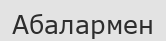
Абалармен